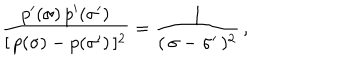
\frac { p ^ { \prime } ( \sigma ) \, p ^ { \prime } ( \sigma ^ { \prime } ) } { [ \, p ( \sigma ) - p ( \sigma ^ { \prime } ) \, ] ^ { 2 } } = \frac { 1 } { ( \, \sigma - \sigma ^ { \prime } \, ) ^ { 2 } } \, ,